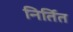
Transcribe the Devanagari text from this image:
निर्तित